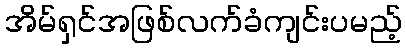
အိမ်ရှင်အဖြစ်လက်ခံကျင်းပမည့်